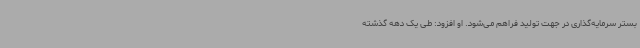
بستر سرمایه‌گذاری در جهت تولید فراهم می‌شود. او افزود: طی یک دهه گذشته